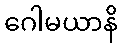
ဂေါမယာနိ